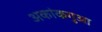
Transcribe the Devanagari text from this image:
अकांकगुआ